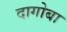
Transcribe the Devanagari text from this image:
दागोबा